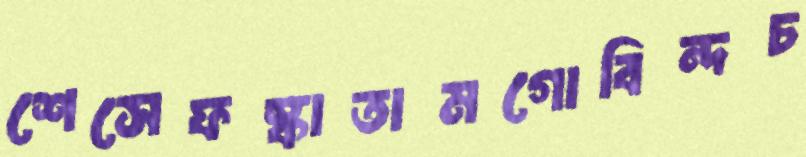
শেসেফস্‌কাতামগোবিন্দচ